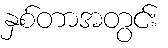
နှစ်တာအတွင်း